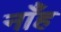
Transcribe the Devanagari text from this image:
नाँह